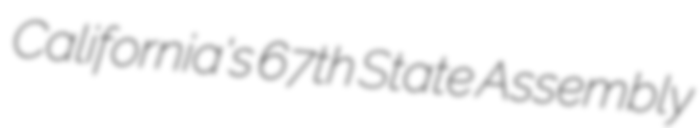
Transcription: California's 67th State Assembly